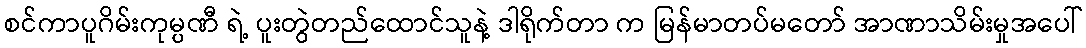
စင်ကာပူဂိမ်းကုမ္ပဏီ ရဲ့ ပူးတွဲတည်ထောင်သူနဲ့ ဒါရိုက်တာ က မြန်မာတပ်မတော် အာဏာသိမ်းမှုအပေါ်